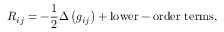
R _ { i j } = - { \frac { 1 } { 2 } } \Delta \left( g _ { i j } \right) + { \mathrm { l o w e r - o r d e r ~ t e r m s } } ,